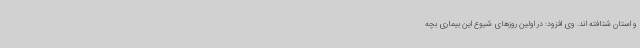
و استان شتافته اند. وی افزود: در اولین روزهای شیوع این بیماری بچه